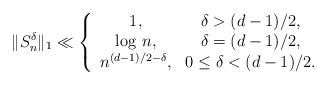
LaTeX: \begin{align*}\| S_{n}^{\delta }\| _{1}\ll \left\{\begin{array}{cc}1, & \delta >(d-1)/2, \\\log \,n, & \delta =(d-1)/2, \\n^{(d-1)/2-\delta }, & 0\leq \delta <(d-1)/2.\end{array}\right. \end{align*}